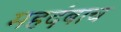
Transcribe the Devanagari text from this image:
महदंबाच